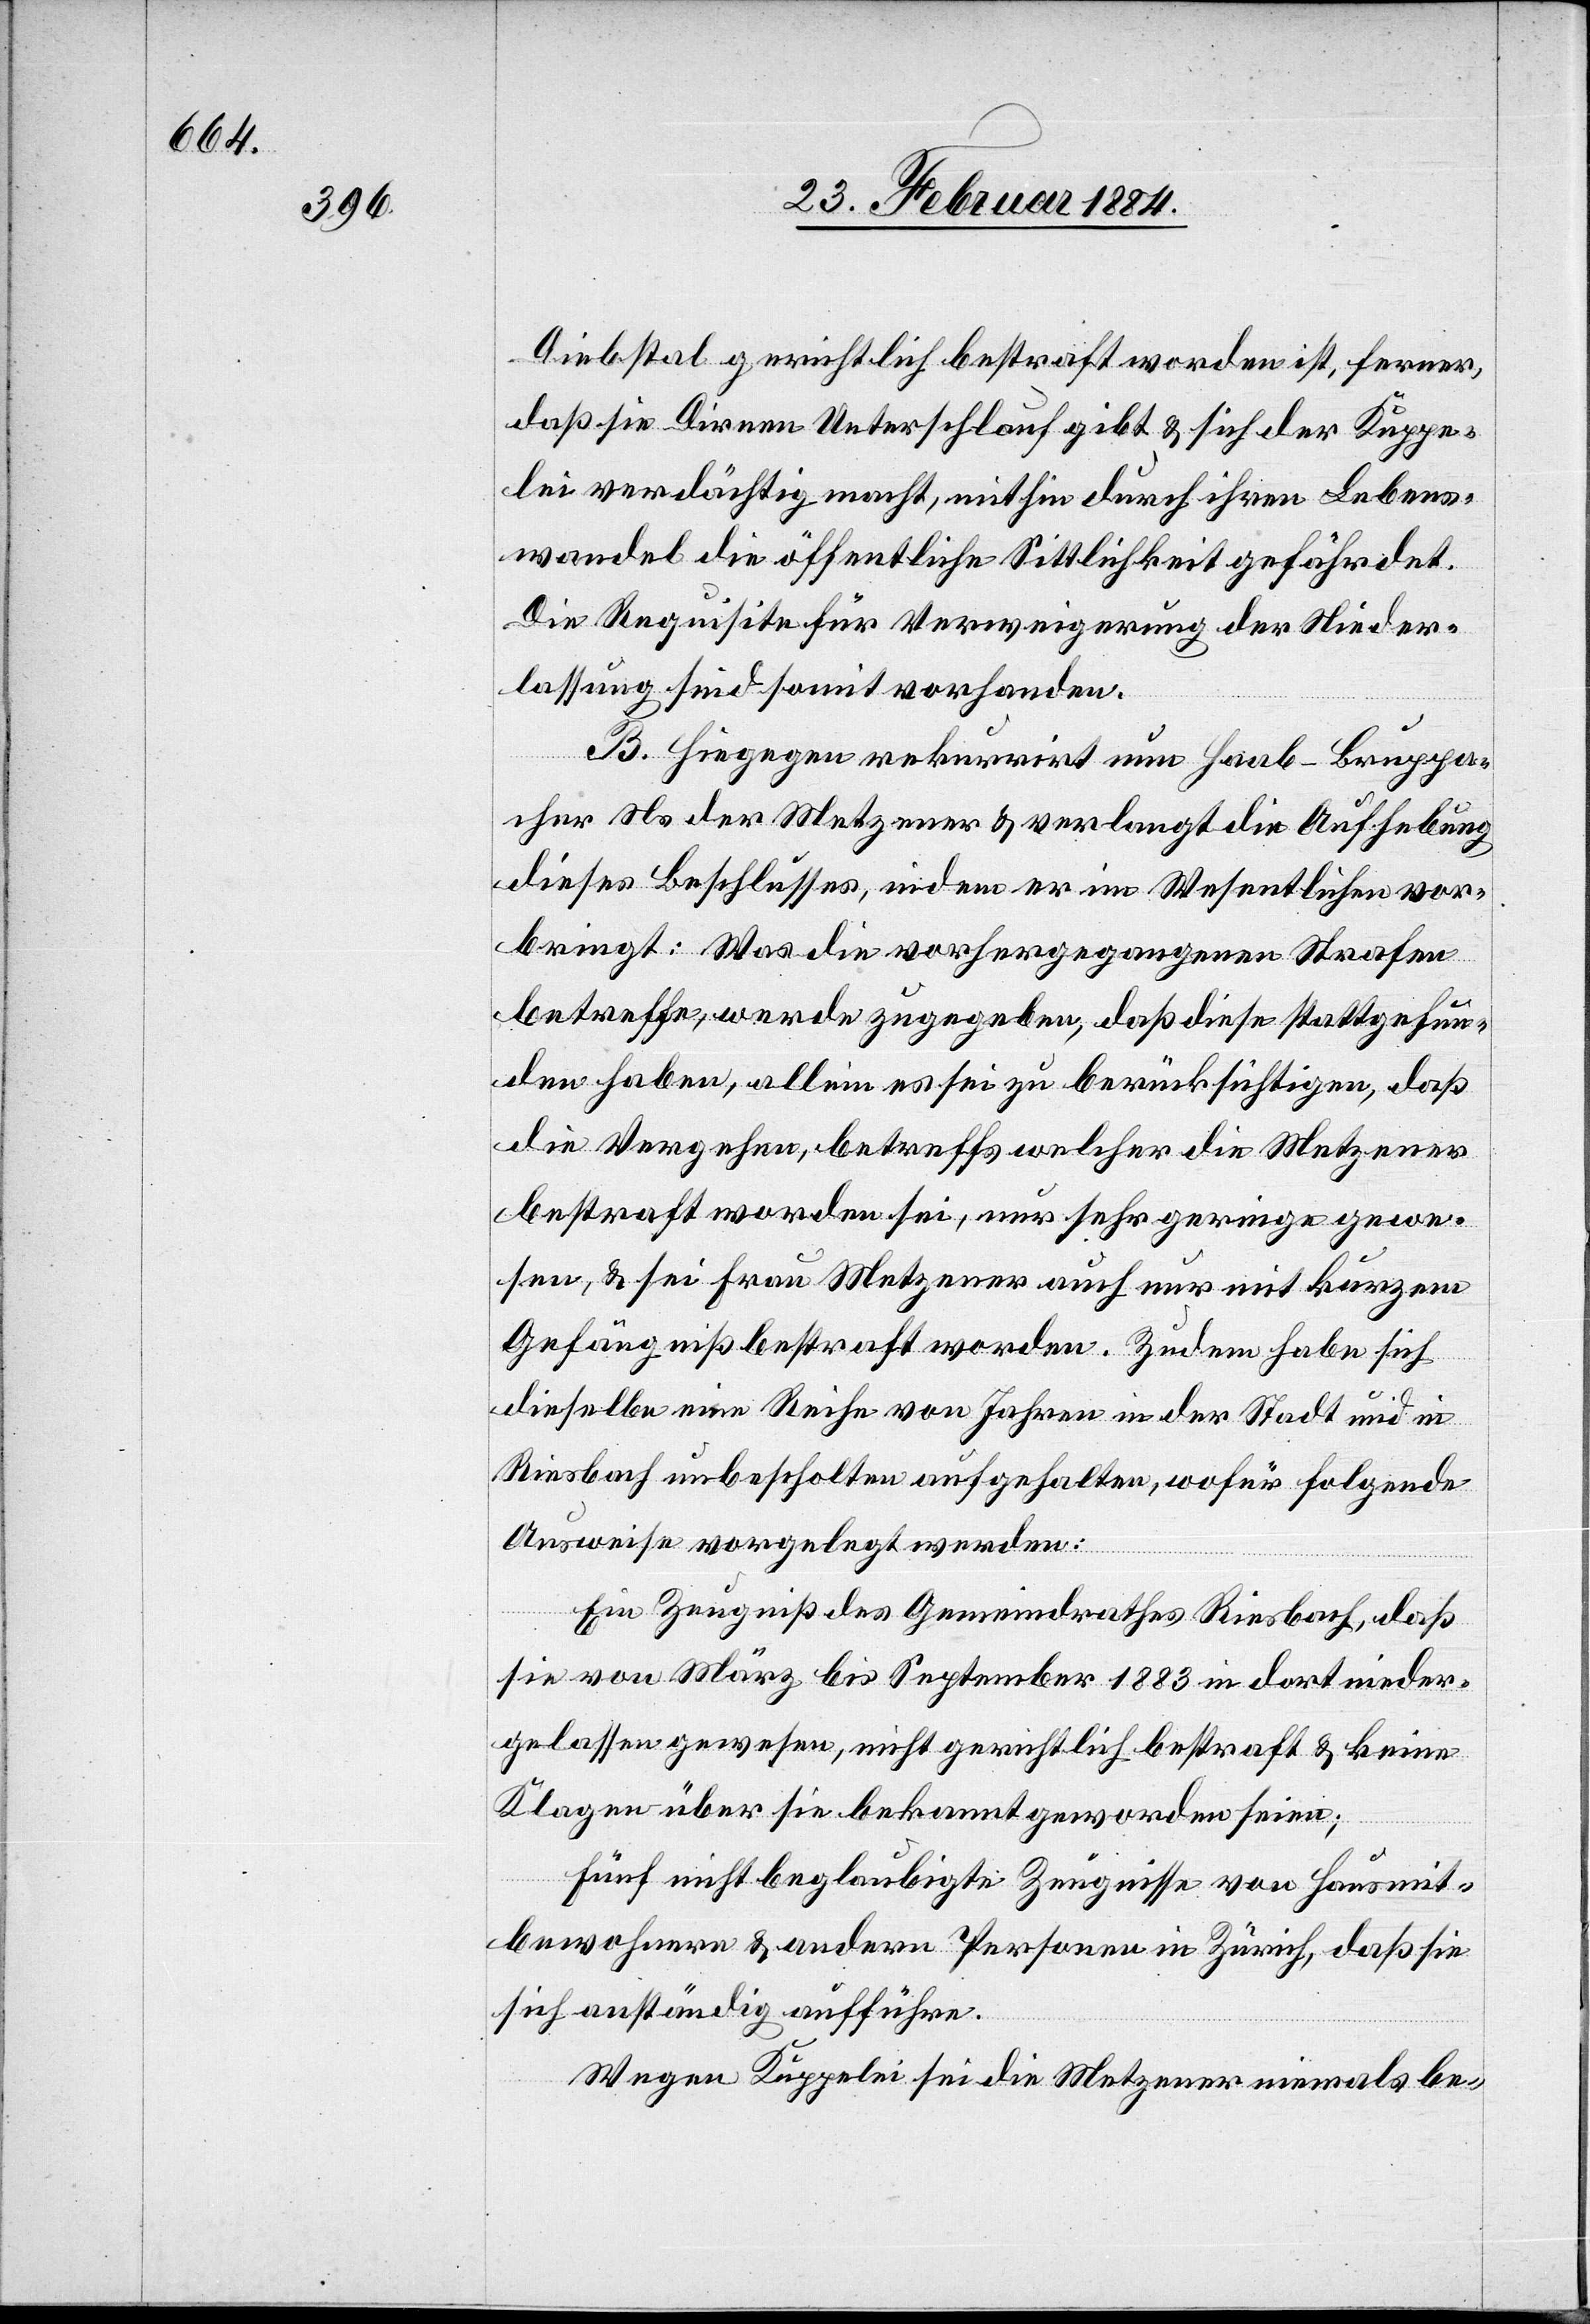
Diebstal gerichtlich bestraft worden ist, ferner,
daß sie Dirnen Unterschlauf [sic!] gibt & sich der Kuppe¬
lei verdächtig macht, mithin durch ihren Lebens¬
wandel die öffentliche Sittlichkeit gefährdet.
Die Requisite für Verweigerung der Nieder¬
lassung sind somit vorhanden.
B. Hiegegen rekurrirt nun Haab-Bruppa¬
cher Ns. der Metzener & verlangt die Aufhebung
dieses Beschlusses, indem er im Wesentlichen vor¬
bringt: Was die vorhergegangenen Strafen
betreffe, werde zugegeben, daß diese stattgefun¬
den haben, allein es sei zu berücksichtigen, daß
die Vergehen, betreffs welcher die Metzener
bestraft worden sei, nur sehr geringe gewe¬
sen, & sei Frau Metzener auch nur mit kurzem
Gefängniß bestraft worden. Zudem habe sich
dieselbe eine Reihe von Jahren in der Stadt und in
Riesbach unbescholten aufgehalten, wofür folgende
Ausweise vorgelegt werden:
Ein Zeugniß des Gemeindrathes Riesbach, daß
sie von März bis September 1883 in dort nieder¬
gelassen gewesen, nicht gerichtlich bestraft & keine
Klagen über sie bekannt geworden seien;
fünf nicht beglaubigte Zeugnisse von Hausmit¬
bewohnern & andern Personen in Zürich, daß sie
sich anständig aufführe.
Wegen Kuppelei sei die Metzener niemals be-